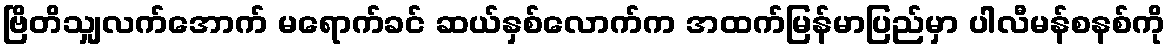
ဗြိတိသျှလက်အောက် မရောက်ခင် ဆယ်နှစ်လောက်က အထက်မြန်မာပြည်မှာ ပါလီမန်စနစ်ကို